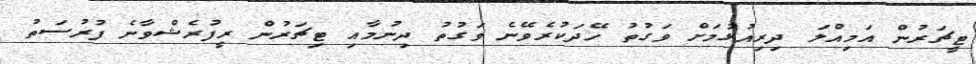
ޓީޗަރުން އަމިއްލަ ދިރިއުޅުމަށް ވަގުތު ހޭދަކުރެވޭނެ ވަގުތު ދިނުމާއި ޓިޗަރުން ރީފުރެޝްވާނެ ފުރުސަތު